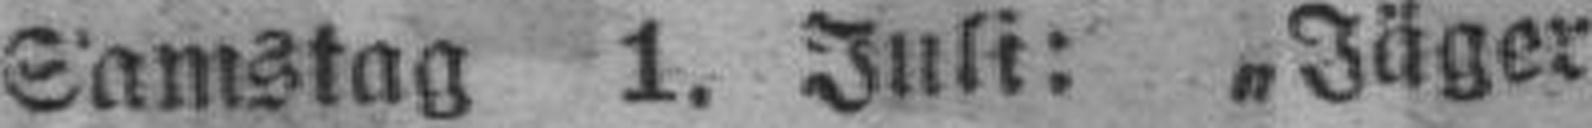
Samstag 1. Juli: „Jäger